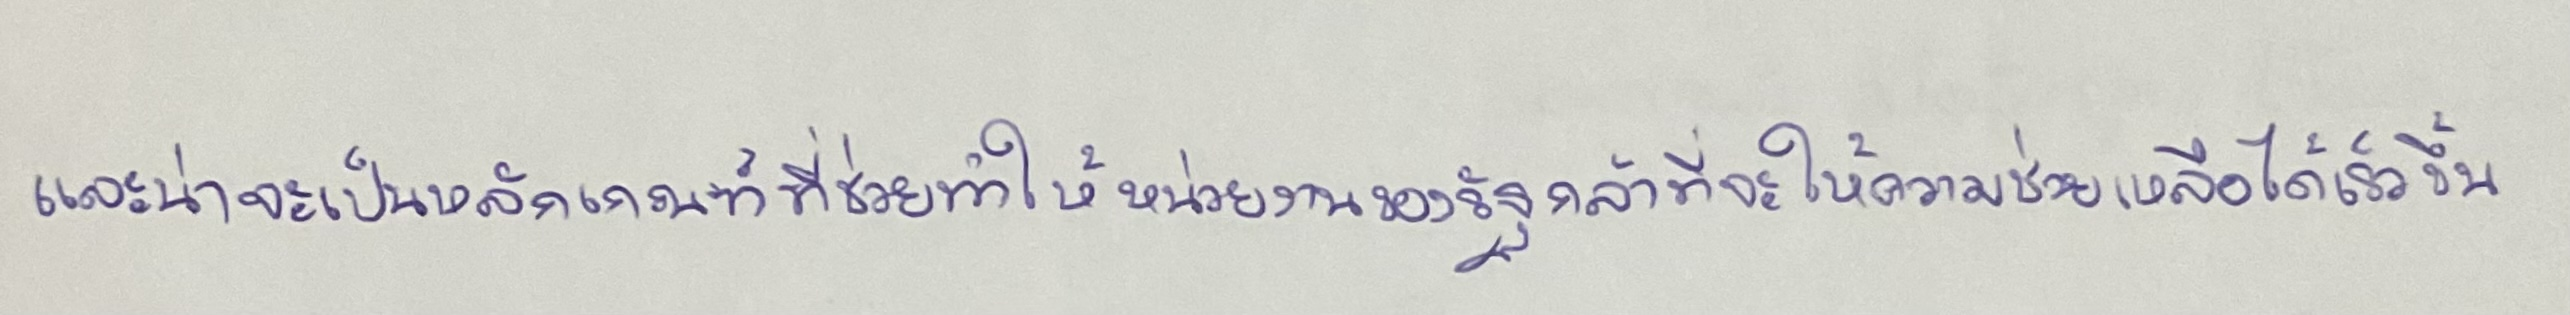
และน่าจะเป็นหลักเกณฑ์ที่ช่วยทำให้หน่วยงานของรัฐกล้าที่จะให้ความช่วยเหลือได้เร็วขึ้น